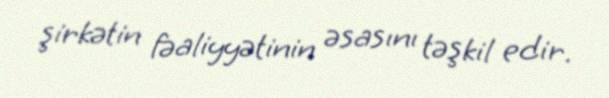
şirkətin fəaliyyətinin əsasını təşkil edir.